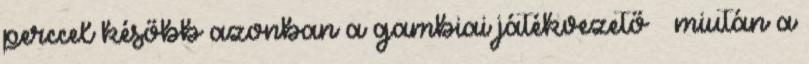
perccel később azonban a gambiai játékvezető – miután a